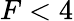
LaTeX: F<4